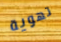
تهوية